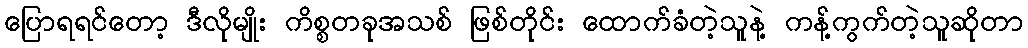
ပြောရရင်တော့ ဒီလိုမျိုး ကိစ္စတခုအသစ် ဖြစ်တိုင်း ထောက်ခံတဲ့သူနဲ့ ကန့်ကွက်တဲ့သူဆိုတာ